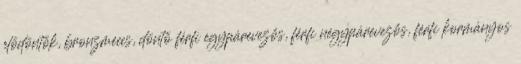
elődöntők, bronzmeccs, döntő férfi egypárevezős, férfi négypárevezős, férfi kormányos